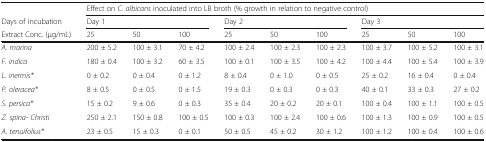
<table><thead><tr><td></td><td colspan="9"><b>Effect on <i>C. albicans</i> inoculated into LB broth (% growth in relation to negative control)</b></td></tr><tr><td><b>Days of incubation</b></td><td colspan="3"><b>Day 1</b></td><td colspan="3"><b>Day 2</b></td><td colspan="3"><b>Day 3</b></td></tr><tr><td><b>Extract Conc. (μg/mL)</b></td><td><b>25</b></td><td><b>50</b></td><td><b>100</b></td><td><b>25</b></td><td><b>50</b></td><td><b>100</b></td><td><b>25</b></td><td><b>50</b></td><td><b>100</b></td></tr></thead><tbody><tr><td><i>A. marina</i></td><td>200 ± 5.2</td><td>100 ± 3.1</td><td>70 ± 4.2</td><td>100 ± 2.4</td><td>100 ± 2.3</td><td>100 ± 2.3</td><td>100 ± 3.7</td><td>100 ± 5.2</td><td>100 ± 3.1</td></tr><tr><td><i>F. indica</i></td><td>180 ± 0.4</td><td>100 ± 3.2</td><td>60 ± 3.5</td><td>100 ± 0.1</td><td>100 ± 3.5</td><td>100 ± 4.2</td><td>100 ± 4.4</td><td>100 ± 5.4</td><td>100 ± 3.9</td></tr><tr><td><i>L. inermis*</i></td><td>0 ± 0.2</td><td>0 ± 0.4</td><td>0 ± 1.2</td><td>8 ± 0.4</td><td>0 ± 1.0</td><td>0 ± 0.5</td><td>25 ± 0.2</td><td>16 ± 0.4</td><td>0 ± 0.4</td></tr><tr><td><i>P. oleracea*</i></td><td>8 ± 0.5</td><td>0 ± 0.5</td><td>0 ± 1.5</td><td>19 ± 0.3</td><td>0 ± 0.3</td><td>0 ± 0.3</td><td>40 ± 0.1</td><td>33 ± 0.3</td><td>27 ± 0.2</td></tr><tr><td><i>S. persica*</i></td><td>15 ± 0.2</td><td>9 ± 0.6</td><td>0 ± 0.3</td><td>35 ± 0.4</td><td>20 ± 0.2</td><td>20 ± 0.1</td><td>100 ± 0.4</td><td>100 ± 1.1</td><td>100 ± 0.5</td></tr><tr><td><i>Z. spina- Christi</i></td><td>250 ± 2.1</td><td>150 ± 0.8</td><td>100 ± 0.5</td><td>100 ± 0.3</td><td>100 ± 2.4</td><td>100 ± 0.6</td><td>100 ± 1.3</td><td>100 ± 0.9</td><td>100 ± 0.5</td></tr><tr><td><i>A. tenuifolius*</i></td><td>23 ± 0.5</td><td>15 ± 0.3</td><td>0 ± 0.1</td><td>50 ± 0.5</td><td>45 ± 0.2</td><td>30 ± 1.2</td><td>100 ± 1.2</td><td>100 ± 0.4</td><td>100 ± 0.6</td></tr></tbody></table>